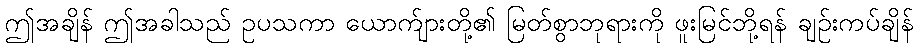
ဤအချိန် ဤအခါသည် ဥပသကာ ယောက်ျားတို့၏ မြတ်စွာဘုရားကို ဖူးမြင်ဘို့ရန် ချဉ်းကပ်ချိန်